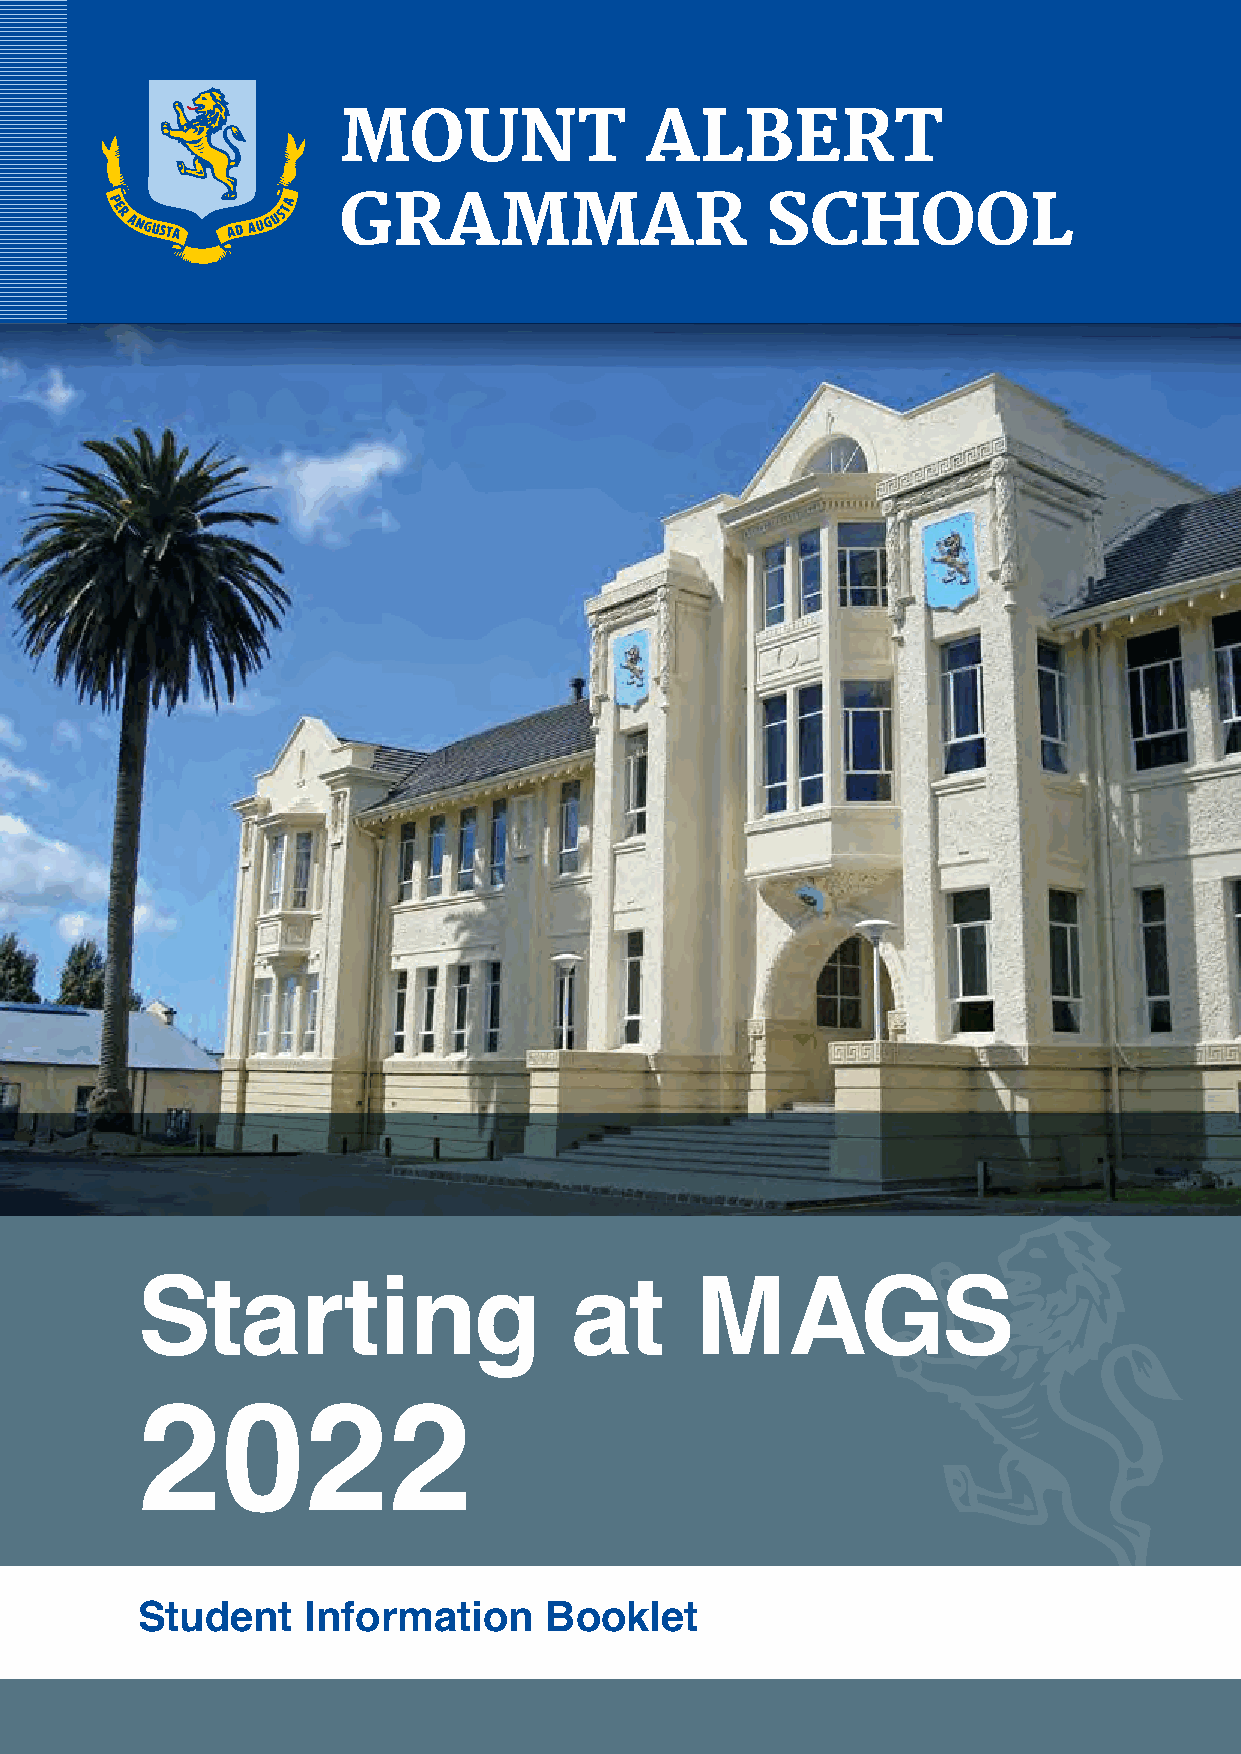
MOUNT                ALBERT
 GRAMMAR                      SCHOOL
 Starting                     at      MAGS
 2022
 Student    Information     Booklet